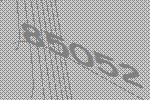
85052